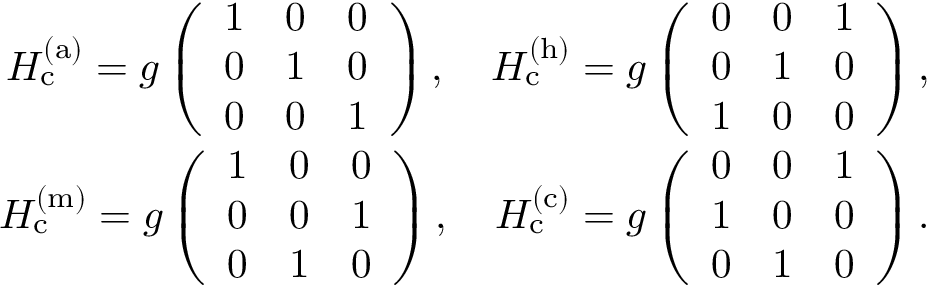
\begin{array} { r l r } & { } & { H _ { \mathrm { c } } ^ { \mathrm { ( a ) } } = g \left( \begin{array} { c c c } { 1 } & { 0 } & { 0 } \\ { 0 } & { 1 } & { 0 } \\ { 0 } & { 0 } & { 1 } \end{array} \right) , \quad H _ { \mathrm { c } } ^ { \mathrm { ( h ) } } = g \left( \begin{array} { c c c } { 0 } & { 0 } & { 1 } \\ { 0 } & { 1 } & { 0 } \\ { 1 } & { 0 } & { 0 } \end{array} \right) , } \\ & { } & { H _ { \mathrm { c } } ^ { \mathrm { ( m ) } } = g \left( \begin{array} { c c c } { 1 } & { 0 } & { 0 } \\ { 0 } & { 0 } & { 1 } \\ { 0 } & { 1 } & { 0 } \end{array} \right) , \quad H _ { \mathrm { c } } ^ { \mathrm { ( c ) } } = g \left( \begin{array} { c c c } { 0 } & { 0 } & { 1 } \\ { 1 } & { 0 } & { 0 } \\ { 0 } & { 1 } & { 0 } \end{array} \right) . } \end{array}